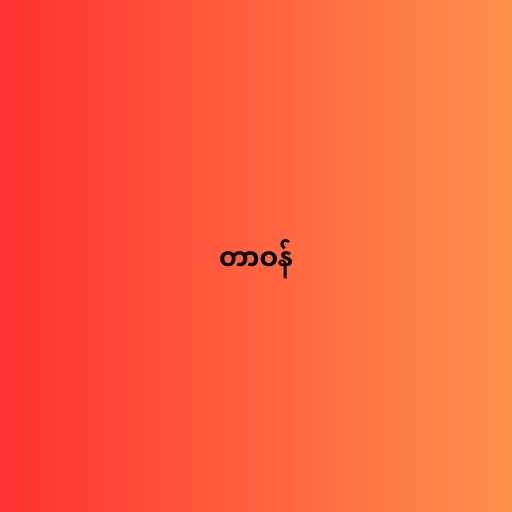
တာဝန်